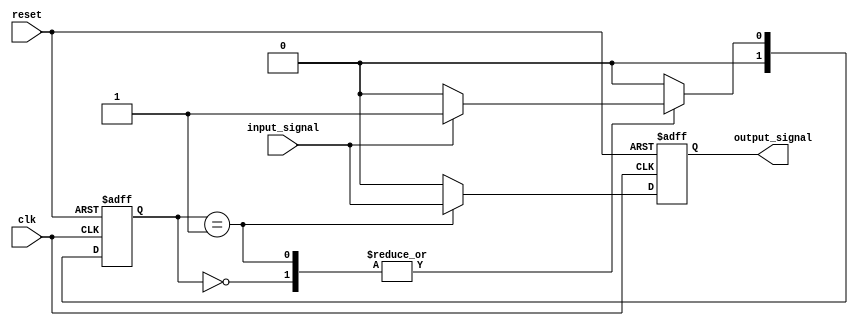
module debounce(
    input wire clk,            // Clock signal
    input wire reset,          // Reset signal
    input wire input_signal,   // Noisy input signal
    output reg output_signal   // Clean output signal
);

// State machine definition
parameter IDLE = 2'b00;
parameter DEBOUNCE = 2'b01;

reg [1:0] state, next_state;

always @(posedge clk or posedge reset) begin
    if (reset) begin
        state <= IDLE;
    end else begin
        state <= next_state;
    end
end

// State transition logic
always @(state, input_signal) begin
    case (state)
        IDLE: begin
            if (input_signal) begin
                next_state = DEBOUNCE;
            end else begin
                next_state = IDLE;
            end
        end
        DEBOUNCE: begin
            if (!input_signal) begin
                next_state = IDLE;
            end else begin
                next_state = DEBOUNCE;
            end
        end
        default: next_state = IDLE;
    endcase
end

// Clean output signal generation
always @(posedge clk or posedge reset) begin
    if (reset) begin
        output_signal <= 0;
    end else begin
        case (state)
            DEBOUNCE: output_signal <= input_signal;
            default: output_signal <= 0;
        endcase
    end
end

endmodule